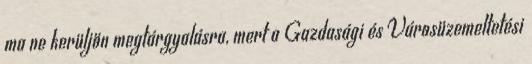
ma ne kerüljön megtárgyalásra, mert a Gazdasági és Városüzemeltetési